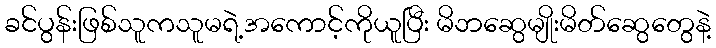
ခင်ပွန်းဖြစ်သူကသူမရဲ့အကောင့်ကိုယူပြီး မိဘဆွေမျိုးမိတ်ဆွေတွေနဲ့